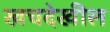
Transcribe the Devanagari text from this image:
खचदेखील